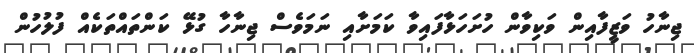
ޖިނާހު ވަޒީފާއިން ވަކިވާން ހުށަހަޅާފައިވާ ކަމަށާއި ނަމަވެސް ޖިނާހާ ގުޅޭ ކަންތައްތަކެއް ފުލުހުން